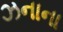
ઝનાના